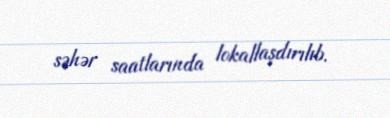
səhər saatlarında lokallaşdırılıb.